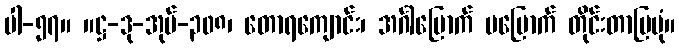
ပါ-၅၇။ ။ဋ္ဌ-ဒု-အုပ်-၃၀၈၊ တောရကျောင်း၊ အင်္ဂါမြောက် မမြောက် တိုင်းတာပြပုံ။